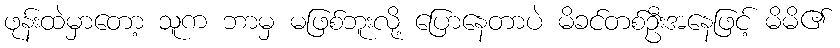
ဖုန်းထဲမှာတော့ သူက ဘာမှ မဖြစ်ဘူးလို့ ပြောနေတာပဲ မိခင်တစ်ဦးအနေဖြင့် မိမိ၏